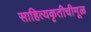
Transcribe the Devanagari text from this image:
साहित्यकृतीचीमूळ